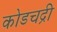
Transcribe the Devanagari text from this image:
कोडचद्री